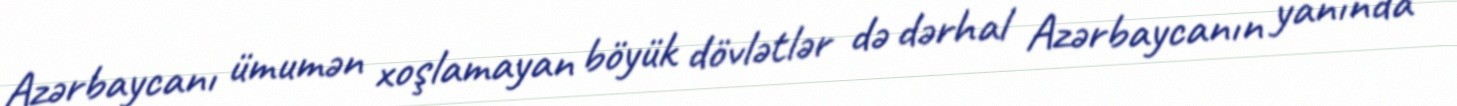
Azərbaycanı ümumən xoşlamayan böyük dövlətlər də dərhal Azərbaycanın yanında